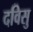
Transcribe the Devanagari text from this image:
दविसु